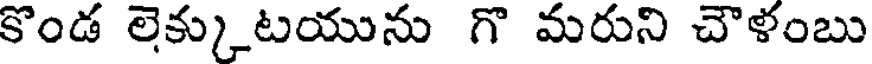
కొండ లెక్కుటయును గొ మరుని చౌళంబు